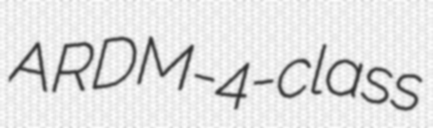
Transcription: ARDM-4-class